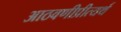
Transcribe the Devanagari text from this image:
आठवणीप्रीत्यर्थ